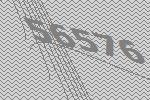
56576